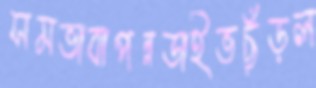
সমভাবাপন্নডাইভছুঁড়ল